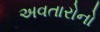
અવતારોનો